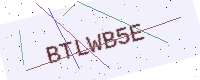
Text: BTLWB5E